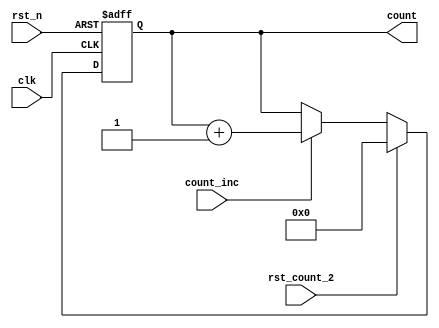
module counter(
               input            clk,
               input            rst_n,
               input            rst_count_2,
               input            count_inc,
               output reg [3:0] count
);

always @(posedge clk or negedge rst_n) begin
    if(~rst_n) count <= 0;
    else 
    begin
        if(rst_count_2) count <= 0;
        else if(count_inc)
        begin
            count <= count + 1'b1;
        end
    end
end
endmodule